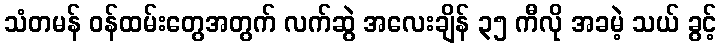
သံတမန် ဝန်ထမ်းတွေအတွက် လက်ဆွဲ အလေးချိန် ၃၅ ကီလို အခမဲ့ သယ် ခွင့်